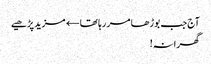
آج جب بوڑھا مر رہا تھا← مزید پڑھیے
گھرانہ!